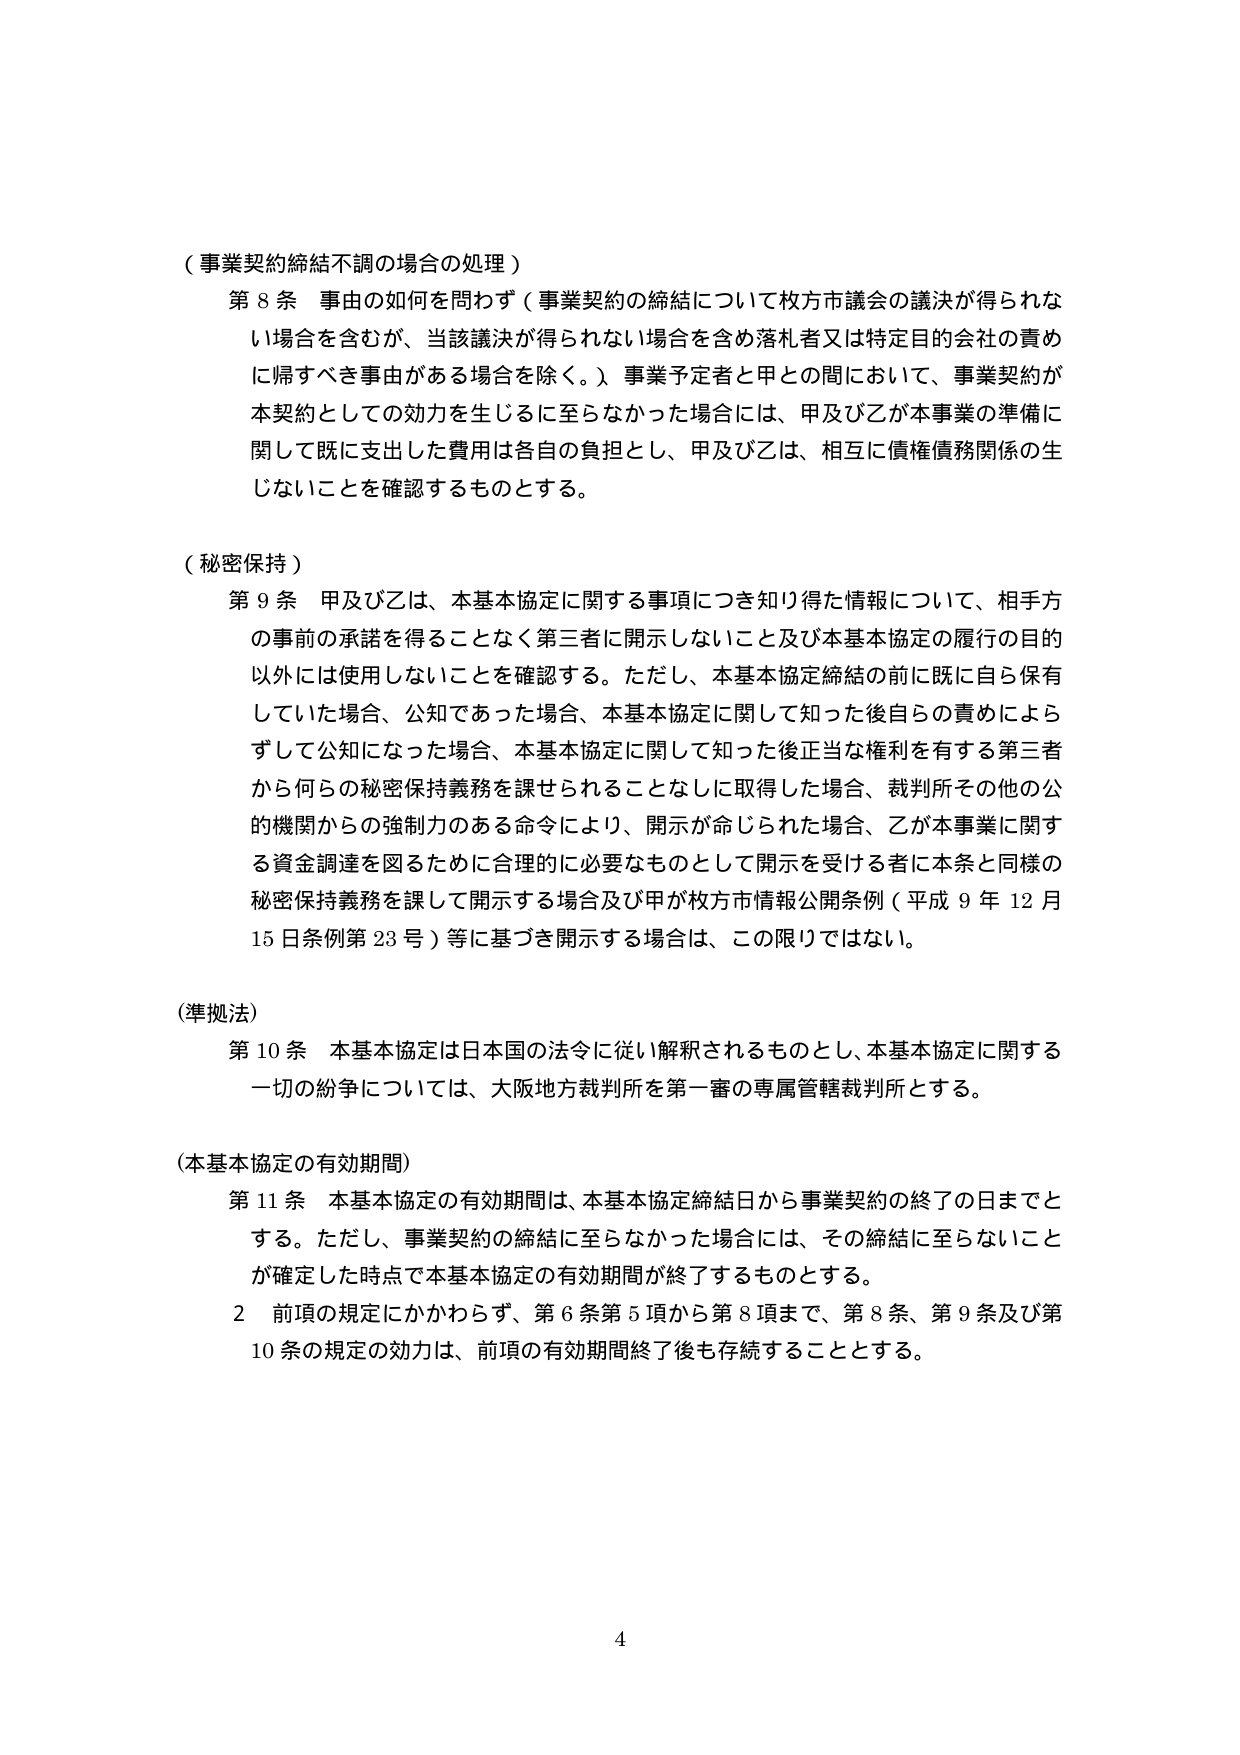
（事業契約締結不調の場合の処理）

第８条 事由の如何を問わず（事業契約の締結について枚方市議会の議決が得られない場合を含むが、当該議決が得られない場合を含め落札者又は特定目的会社の責めに帰すべき事由がある場合を除く。）事業予定者と甲との間において、事業契約が本契約としての効力を生じるに至らなかった場合には、甲及び乙が本事業の準備に関して既に支出した費用は各自の負担とし、甲及び乙は、相互に債権債務関係の生じないことを確認するものとする。

（秘密保持）

第９条 甲及び乙は、本基本協定に関する事項につき知り得た情報について、相手方の事前の承諾を得ることなく第三者に開示しないこと及び本基本協定の履行の目的以外には使用しないことを確認する。ただし、本基本協定締結の前に既に自ら保有していた場合、公知であった場合、本基本協定に関して知った後自らの責めによらずして公知になった場合、本基本協定に関して知った後正当な権利を有する第三者から何らの秘密保持義務を課せられることなしに取得した場合、裁判所その他の公的機関からの強制力のある命令により、開示が命じられた場合、乙が本事業に関する資金調達を図るために合理的に必要なものとして開示を受ける者に本条と同様の秘密保持義務を課して開示する場合及び甲が枚方市情報公開条例（平成９年12月15日条例第23号）等に基づき開示する場合は、この限りではない。

（準拠法）

第10条 本基本協定は日本国の法令に従い解釈されるものとし、本基本協定に関する一切の紛争については、大阪地方裁判所を第一審の専属管轄裁判所とする。

（本基本協定の有効期間）

第11条 本基本協定の有効期間は、本基本協定締結日から事業契約の終了の日までとする。ただし、事業契約の締結に至らなかった場合には、その締結に至らないことが確定した時点で本基本協定の有効期間が終了するものとする。

２ 前項の規定にかかわらず、第６条第５項から第８項まで、第８条、第９条及び第10条の規定の効力は、前項の有効期間終了後も存続することとする。

4